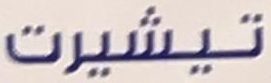
تيشيرت